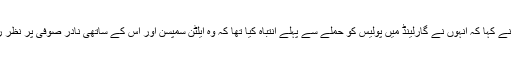
کومی نے کہا کہ انہوں نے گارلینڈ میں پولیس کو حملے سے پہلے انتباہ کیا تھا کہ وہ ایلٹن سمپسن اور اس کے ساتھی نادر صوفی پر نظر رکھیں۔